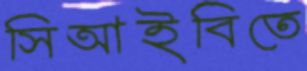
সিআইবিতে